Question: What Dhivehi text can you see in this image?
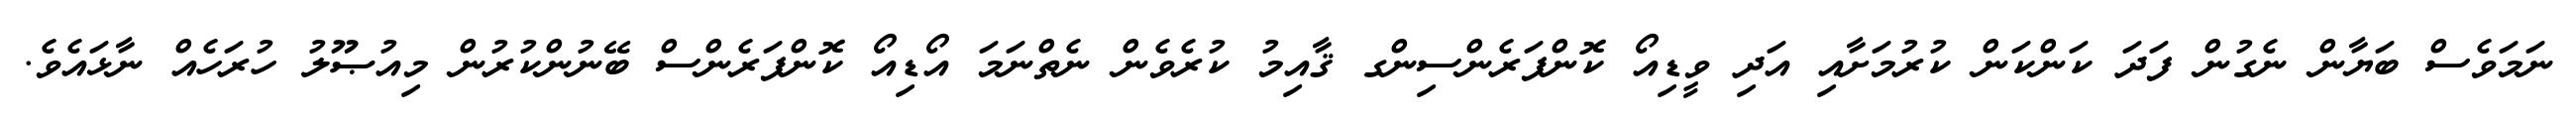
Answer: ނަމަވެސް ބަޔާން ނެގުން ފަދަ ކަންކަން ކުރުމަށާއި އަދި ވީޑިއޯ ކޮންފަރެންސިންގ ޤާއިމު ކުރެވެން ނެތްނަމަ އޯޑިއޯ ކޮންފަރެންސް ބޭނުންކުރުން މިއުޞޫލު ހުރަހެއް ނާޅައެވެ.